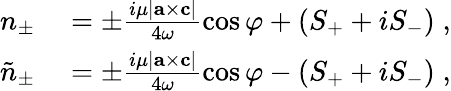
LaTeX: \begin{array}{rl}{n_{\pm}}&{{}=\pm\frac{i\mu|{\mathbf{a}}\times{\mathbf{c}}|}{4\omega}\cos\varphi+(S_{+}+iS_{-})\; ,}\\ {\tilde{n}_{\pm}}&{{}=\pm\frac{i\mu|{\mathbf{a}}\times{\mathbf{c}}|}{4\omega}\cos\varphi-(S_{+}+iS_{-})\; ,}\end{array}